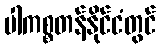
ပါကစ္စတန်နိုင်ငံတွင်